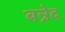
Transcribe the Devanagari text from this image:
बन्नेद